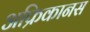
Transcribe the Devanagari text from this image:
अफ्रिकानस